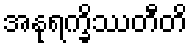
အနုရက္ခိဿတီတိ